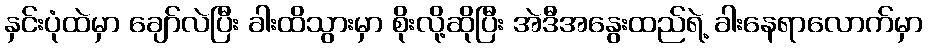
နှင်းပုံထဲမှာ ချော်လဲပြီး ခါးထိသွားမှာ စိုးလို့ဆိုပြီး အဲဒီအနွေးထည်ရဲ့ ခါးနေရာလောက်မှာ